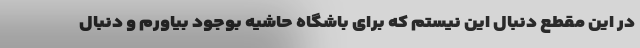
در این مقطع دنبال این نیستم که برای باشگاه حاشیه بوجود بیاورم و دنبال